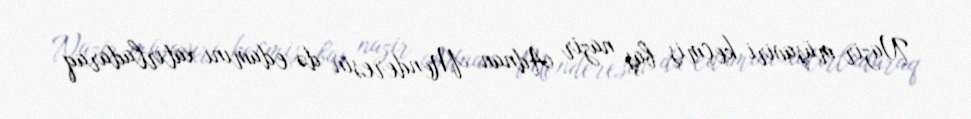
Nazir müşaviri keçmiş baş nazir Adnan Menderesin də edamını xatırladaraq